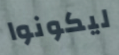
ليكونوا